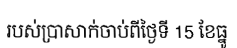
របស់ប្រាសាក់ចាប់ពីថ្ងៃទី 15 ខែធ្នូ